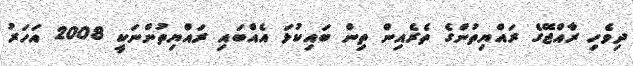
ދިވެހި ރާއްޖޭގެ ރައްޔިތުންގެ ތެރެއިން ތިން ބައިކުޅަ އެއްބައި ރައްޔިތުންނަކީ 2008 އަހަރު